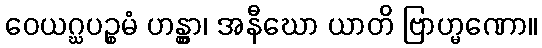
ဝေယဂ္ဃပဉ္စမံ ဟန္တွာ၊ အနီဃော ယာတိ ဗြာဟ္မဏော။